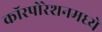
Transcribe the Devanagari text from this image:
कॉरपोरेशनमध्ये